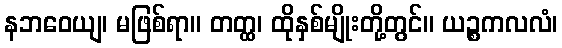
နဘဝေယျ၊ မဖြစ်ရာ။ တတ္ထ၊ ထိုနှစ်မျိုးတို့တွင်။ ယဉ္စကလလံ၊